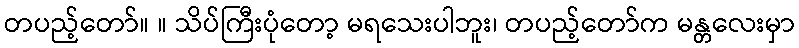
တပည့်တော်။ ။ သိပ်ကြီးပုံတော့ မရသေးပါဘူး၊ တပည့်တော်က မန္တလေးမှာ